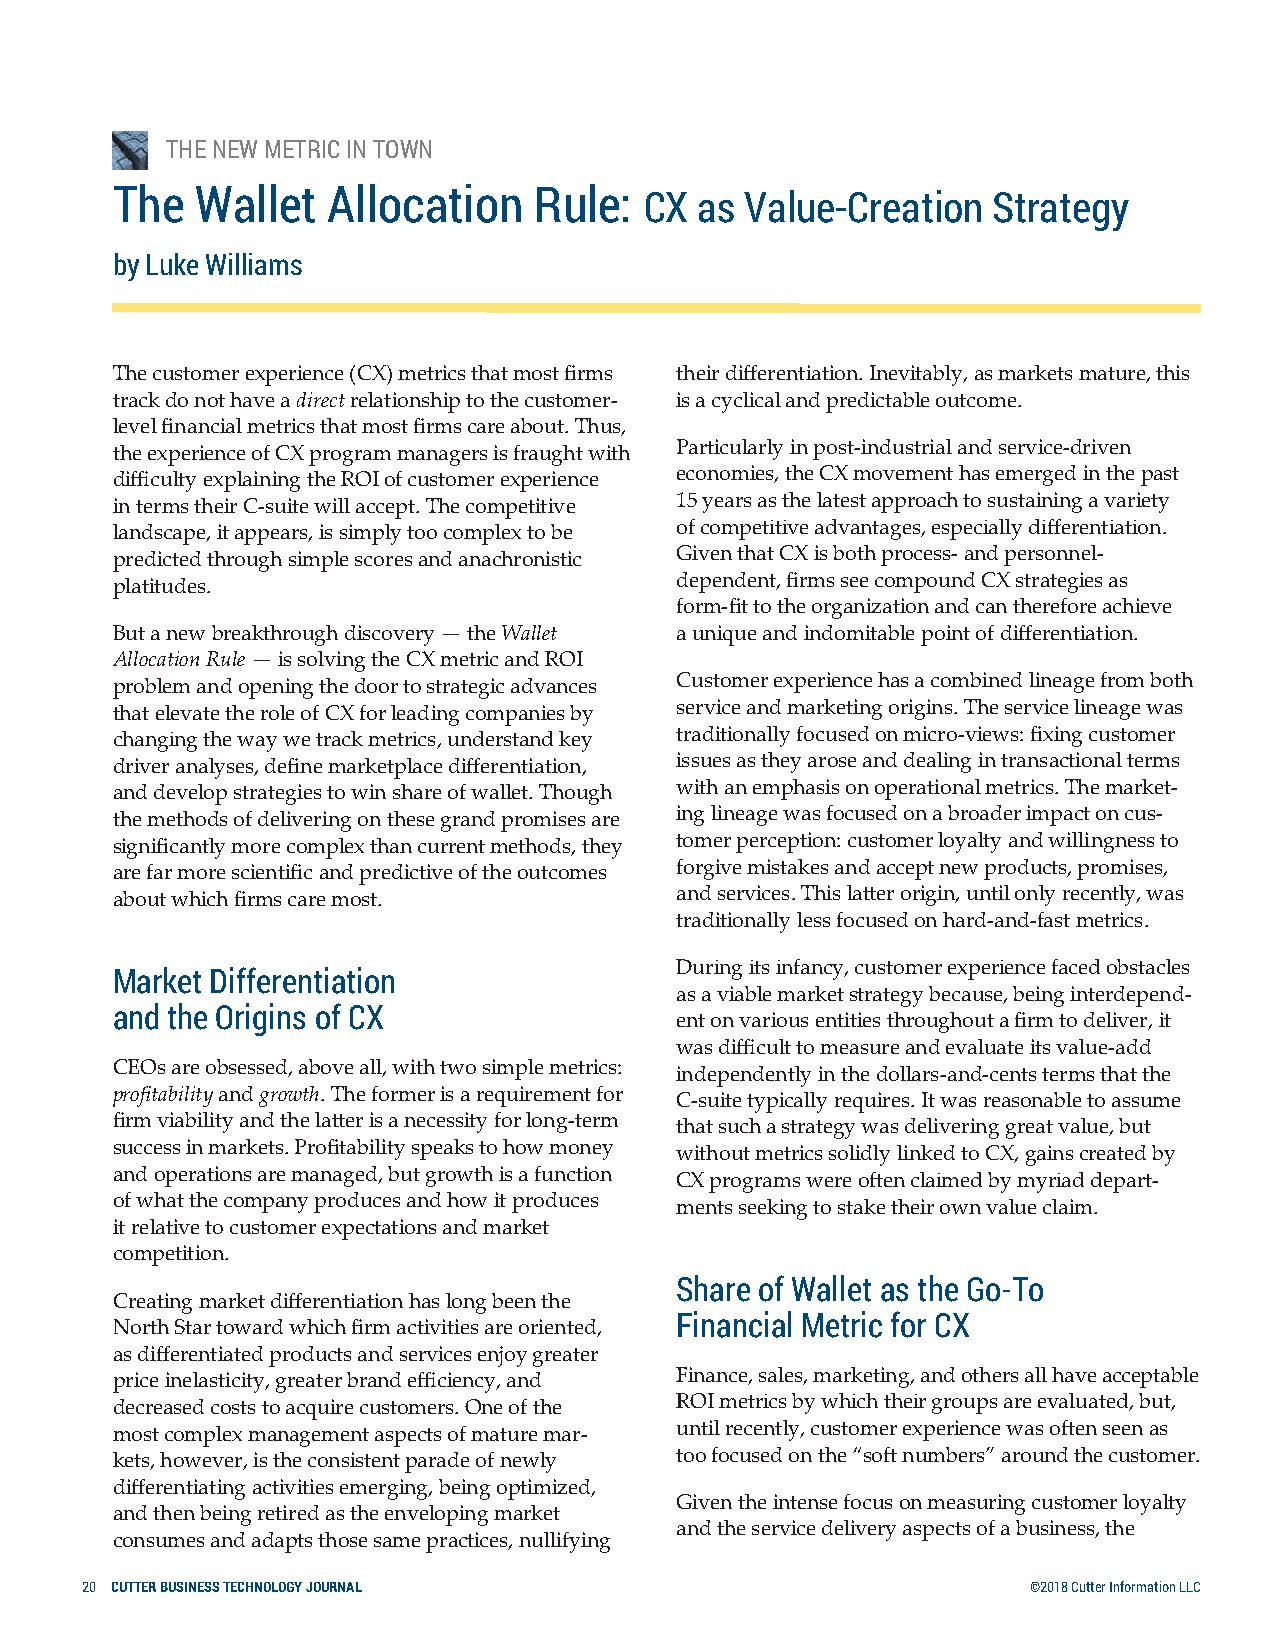
THE NEW METRIC IN TOWN
 The   Wallet   Allocation   Rule:   CX as Value-Creation   Strategy
 by Luke Williams
 The customer experience (CX) metrics that most firms their differentiation. Inevitably, as markets mature, this
 track do not have a direct relationship to the customer- is a cyclical and predictable outcome.
 level financial metrics that most firms care about. Thus,
 the experience of CX program managers is fraught with Particularly in post-industrial and service-driven
 difficulty explaining the ROI of customer experience economies, the CX movement has emerged in the past
 in terms their C-suite will accept. The competitive 15 years as the latest approach to sustaining a variety
 landscape, it appears, is simply too complex to be of competitive advantages, especially differentiation.
 predicted through simple scores and anachronistic Given that CX is both process- and personnel-
 platitudes.                           dependent, firms see compound CX strategies as
 form-fit to the organization and can therefore achieve
 But a new breakthrough discovery — the Wallet a unique and indomitable point of differentiation.
 Allocation Rule — is solving the CX metric and ROI
 problem and opening the door to strategic advances Customer experience has a combined lineage from both
 that elevate the role of CX for leading companies by service and marketing origins. The service lineage was
 changing the way we track metrics, understand key traditionally focused on micro-views: fixing customer
 driver analyses, define marketplace differentiation, issues as they arose and dealing in transactional terms
 and develop strategies to win share of wallet. Though with an emphasis on operational metrics. The market-
 the methods of delivering on these grand promises are ing lineage was focused on a broader impact on cus-
 significantly more complex than current methods, they tomer perception: customer loyalty and willingness to
 are far more scientific and predictive of the outcomes forgive mistakes and accept new products, promises,
 about which firms care most.          and services. This latter origin, until only recently, was
 traditionally less focused on hard-and-fast metrics.
 During its infancy, customer experience faced obstacles
 Market Differentiation
 as a viable market strategy because, being interdepend-
 and the Origins of CX
 ent on various entities throughout a firm to deliver, it
 was difficult to measure and evaluate its value-add
 CEOs are obsessed, above all, with two simple metrics: independently in the dollars-and-cents terms that the
 profitability and growth. The former is a requirement for C-suite typically requires. It was reasonable to assume
 firm viability and the latter is a necessity for long-term that such a strategy was delivering great value, but
 success in markets. Profitability speaks to how money without metrics solidly linked to CX, gains created by
 and operations are managed, but growth is a function CX programs were often claimed by myriad depart-
 of what the company produces and how it produces ments seeking to stake their own value claim.
 it relative to customer expectations and market
 competition.
 Share of Wallet as the Go-To
 Creating market differentiation has long been the
 Financial Metric for CX
 North Star toward which firm activities are oriented,
 as differentiated products and services enjoy greater
 price inelasticity, greater brand efficiency, and Finance, sales, marketing, and others all have acceptable
 decreased costs to acquire customers. One of the ROI metrics by which their groups are evaluated, but,
 most complex management aspects of mature mar- until recently, customer experience was often seen as
 kets, however, is the consistent parade of newly too focused on the “soft numbers” around the customer.
 differentiating activities emerging, being optimized,
 Given the intense focus on measuring customer loyalty
 and then being retired as the enveloping market
 and the service delivery aspects of a business, the
 consumes and adapts those same practices, nullifying
 20 CUTTER BUSINESS TECHNOLOGY JOURNAL                          ©2018 Cutter Information LLC